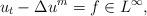
LaTeX: \begin{align*}u_t-\Delta u^m = f \in L^\infty,\end{align*}